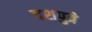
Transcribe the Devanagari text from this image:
दशपुत्रे